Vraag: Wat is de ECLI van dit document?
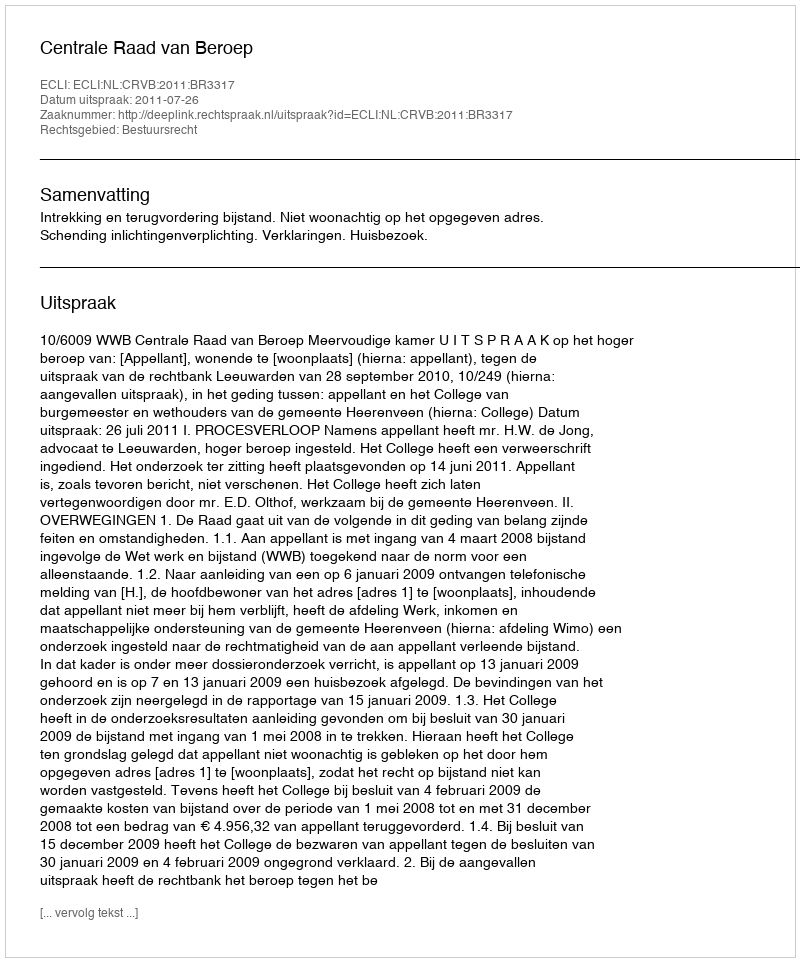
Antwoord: ECLI:NL:CRVB:2011:BR3317